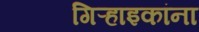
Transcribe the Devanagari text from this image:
गिऱ्हाइकांना